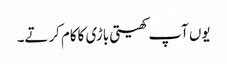
یوں آپ کھیتی باڑی کاکام کرتے۔